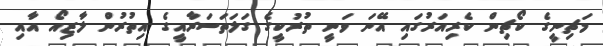
މަޗިނީގެ ކޯޗިން ކެރިއަރުގައި އޭނަ ވަނީ ތުރުކީގެ ގަލަތަސަރާއީގެ އިތުރުން ލާޒިއޯ އާއި